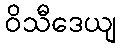
ဝိသီဒေယျ